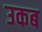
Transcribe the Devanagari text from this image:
उकब